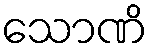
သောဏိ